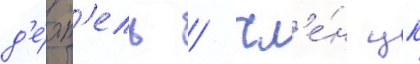
д'е́ят'ель / чл'е́н цк